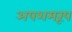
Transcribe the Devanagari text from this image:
अपशमरूप